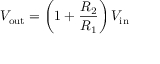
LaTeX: V _ { \mathrm { o u t } } = \left( 1 + { \frac { R _ { \mathrm { 2 } } } { R _ { \mathrm { 1 } } } } \right) V _ { \mathrm { i n } } \!